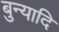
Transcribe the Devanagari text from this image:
बुन्यादि